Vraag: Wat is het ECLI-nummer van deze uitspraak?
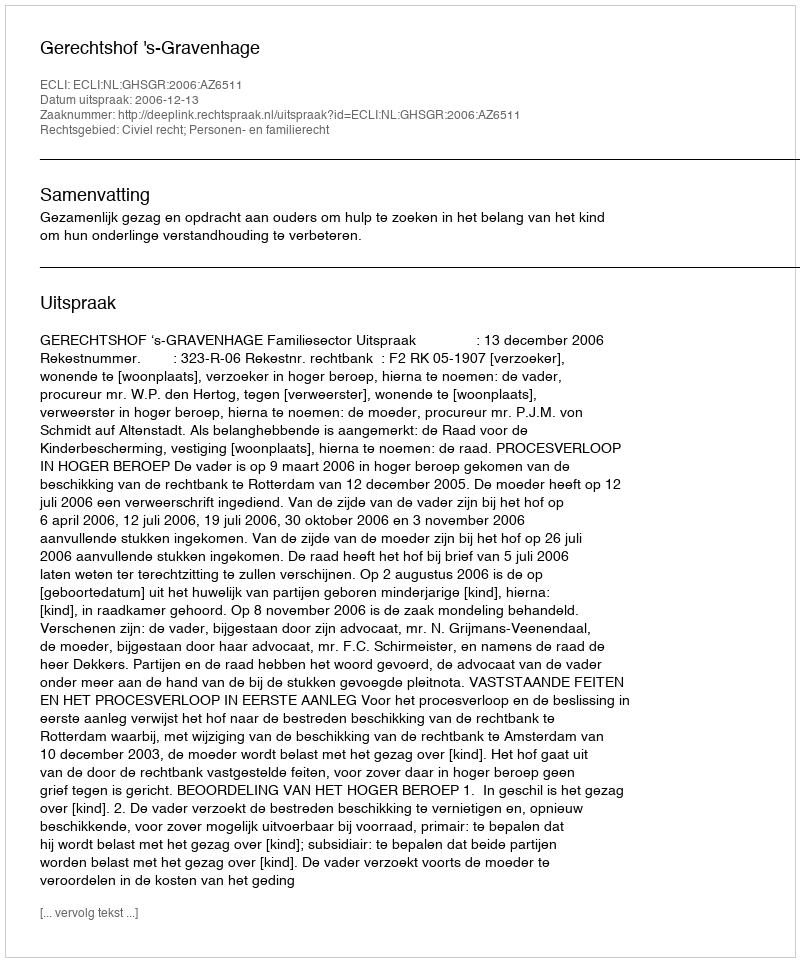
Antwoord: ECLI:NL:GHSGR:2006:AZ6511